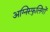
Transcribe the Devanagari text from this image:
अग्निस्फुलिंगों